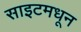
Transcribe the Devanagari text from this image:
साइटमधून